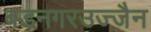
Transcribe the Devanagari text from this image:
बडनगरउज्जैन